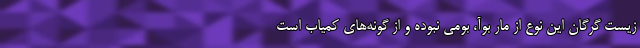
زیست گرگان این نوع از مار بوآ، بومی نبوده و از گونه‌های کمیاب است